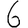
Digit: 6